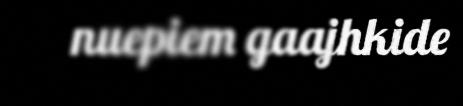
nuepiem gaajhkide